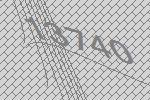
13740